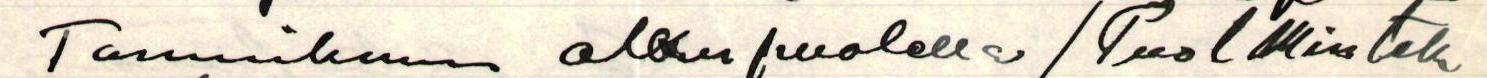
Tammikuun alkupuolella / Puol Min tek.